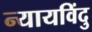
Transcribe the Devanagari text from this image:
न्यायविंदु